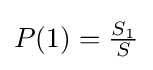
{\textstyle P(1)={\frac {S_{1}}{S}}}